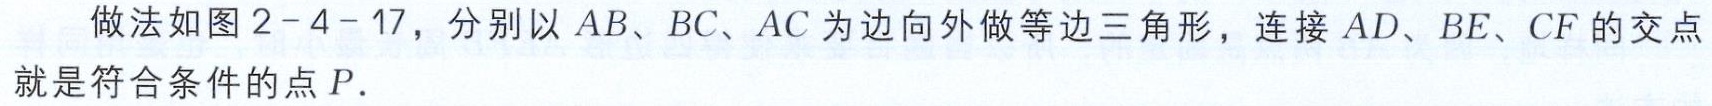
做法如图2-4-17，分别以 \(AB\)、\(BC\)、\(AC\) 为边向外做等边三角形，连接 \(AD\)、\(BE\)、\(CF\) 的交点就是符合条件的点 \(P\).